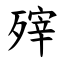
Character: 㱰